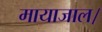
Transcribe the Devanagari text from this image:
मायाजाल।